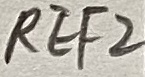
Text: REF2